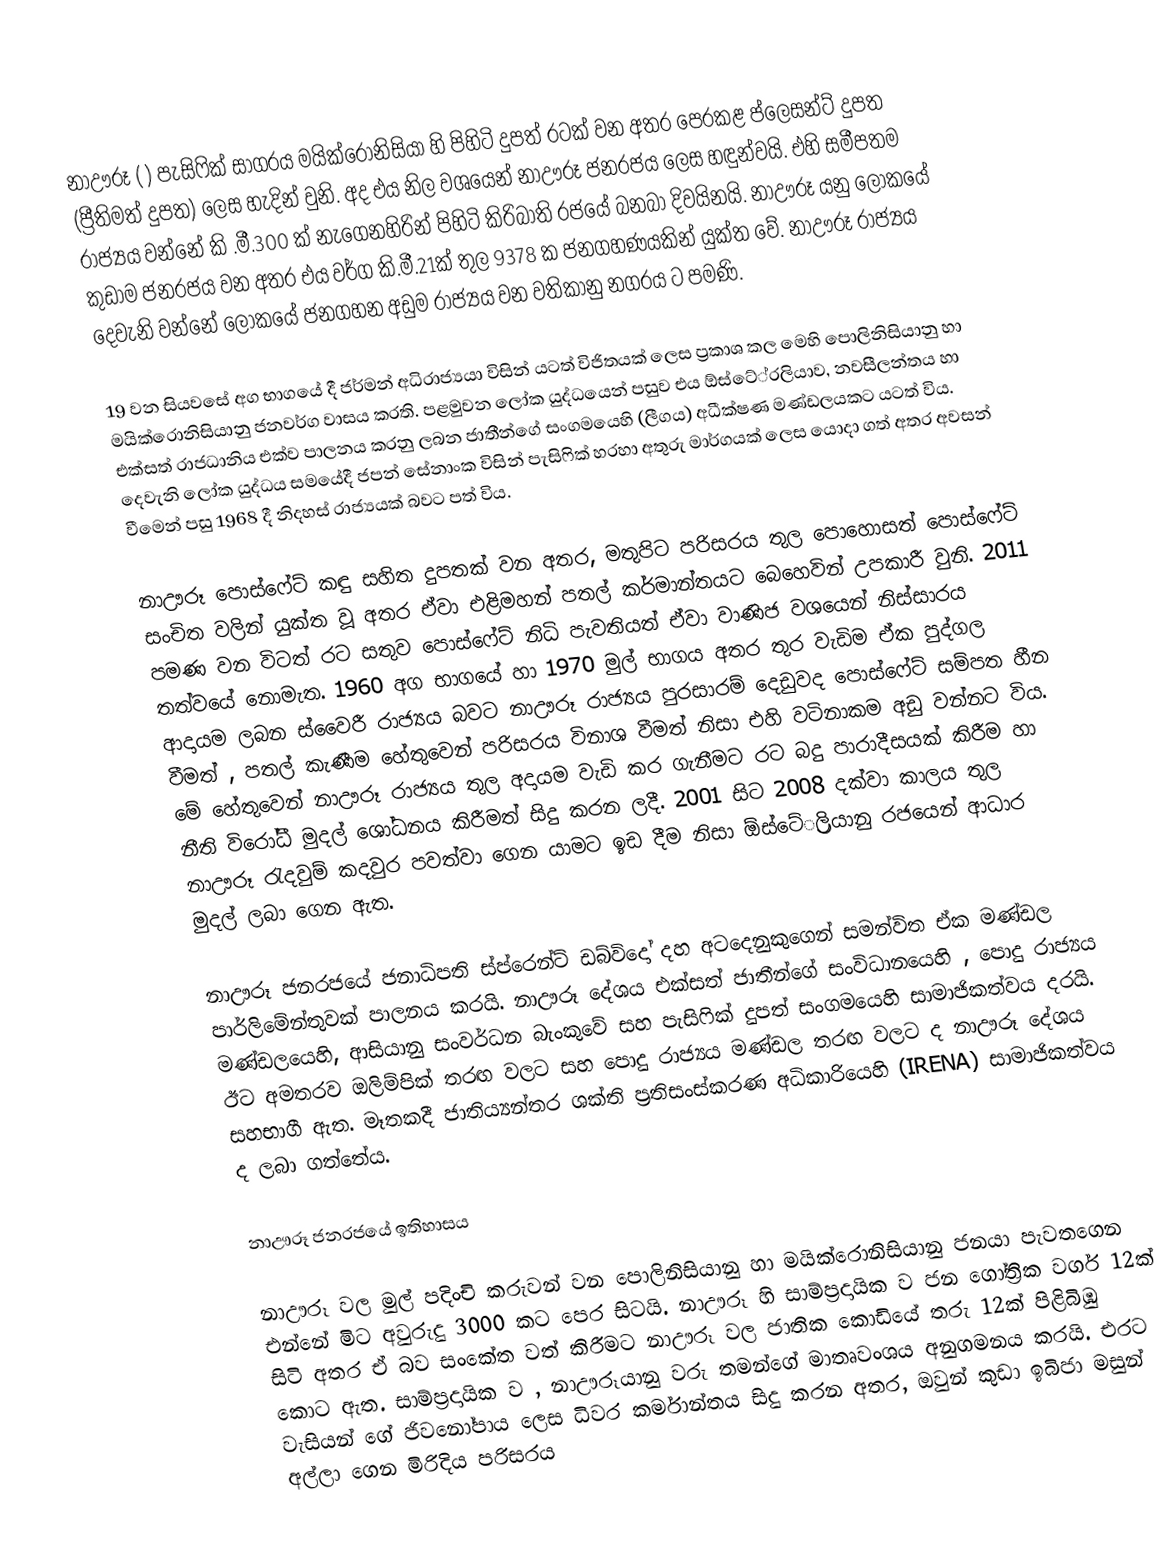
නාඌරූ ( )  පැසිෆික් සාගරය මයික්රොනිසියා හි පිහිටි දුපත් රටක් වන අතර පෙරකළ ප්ලෙසන්ට් දුපත (ප්‍රීතිමත් දුපත) ලෙස හැදින් වුනි. අද එය නිල වශයෙන් නාඌරූ  ජනරජය ලෙස හඳුන්වයි. එහි සමීපතම රාජ්‍යය වන්නේ කි .මී.300 ක් නැගෙනහිරින් පිහිටි කිරිබාති රජයේ බනබා දිවයිනයි. නාඌරූ  යනු ලෝකයේ කුඩාම ජනරජය වන අතර එය වර්ග කි.මී.21ක් තුල 9378 ක ජනගහණයකින් යුක්ත වේ. නාඌරූ  රාජ්‍යය දෙවැනි වන්නේ ලෝකයේ ජනගහන අඩුම රාජ්‍යය වන වතිකානු නගරය ට පමණි.

19 වන සියවසේ අග භාගයේ දී ජර්මන් අධිරාජ්‍යයා විසින් යටත් විජිතයක් ලෙස ප්‍රකාශ කල මෙහි පොලිනිසියානු හා මයික්රොනිසියානු ජනවර්ග වාසය කරති. පළමුවන ලෝක යුද්ධයෙන් පසුව එය ඕස්ටේ‍්‍රලියාව, නවසීලන්තය හා එක්සත් රාජධානිය එක්ව පාලනය කරනු ලබන ජාතීන්ගේ සංගමයෙහි (ලීගය)  අධීක්ෂණ මණ්ඩලයකට යටත් විය.  දෙවැනි ලෝක යුද්ධය සමයේදී ජපන් සේනාංක විසින් පැසිෆික් හරහා අතුරු මාර්ගයක් ලෙස යොදා ගත් අතර අවසන් වීමෙන් පසු 1968 දී  නිදහස් රාජ්‍යයක් බවට පත් විය.

නාඌරූ පොස්ෆේට් කඳු සහිත දුපතක් වන අතර, මතුපිට පරිසරය තුල පොහොසත් පොස්ෆේට් සංචිත වලින් යුක්ත වූ අතර ඒවා එළිමහන් පතල් කර්මාන්තයට බෙහෙවින් උපකාරී වුනි. 2011 පමණ වන විටත් රට සතුව පොස්ෆේට් නිධි පැවතියත් ඒවා වාණිජ වශයෙන් නිස්සාරය තත්වයේ නොමැත.  1960 අග භාගයේ හා 1970 මුල් භාගය අතර තුර වැඩිම ඒක පුද්ගල ආදායම ලබන ස්වෛරී රාජ්‍යය බවට නාඌරූ  රාජ්‍යය පුරසාරම් දෙඩුවද පොස්ෆේට් සම්පත හීන වීමත් , පතල් කැණීම හේතුවෙන් පරිසරය විනාශ වීමත් නිසා එහි වටිනාකම අඩු වන්නට විය. මේ හේතුවෙන් නාඌරූ  රාජ්‍යය තුල අදායම වැඩි කර ගැනීමට රට බදු පාරාදීසයක් කිරීම හා  නීති විරෝධී මුදල්  ශෝධනය  කිරීමත් සිදු කරන ලදී. 2001 සිට 2008 දක්වා කාලය තුල නාඌරූ  රැදවුම් කදවුර පවත්වා ගෙන යාමට ඉඩ දීම නිසා ඕස්ටේ‍්‍රලියානු රජයෙන් ආධාර මුදල් ලබා ගෙන ඇත.

නාඌරූ ජනරජයේ ජනාධිපති ස්ප්රෙන්ට් ඩබ්විදෝ දහ අටදෙනුකුගෙන්  සමන්විත ඒක මණ්ඩල පාර්ලිමේන්තුවක් පාලනය කරයි. නාඌරූ  දේශය  එක්සත් ජාතීන්ගේ සංවිධානයෙහි ,  පොදු රාජ්‍යය මණ්ඩලයෙහි,  ආසියානු සංවර්ධන බැංකුවේ සහ පැසිෆික් දුපත් සංගමයෙහි සාමාජිකත්වය දරයි. ඊට අමතරව ඔලිම්පික් තරඟ වලට සහ  පොදු රාජ්‍යය මණ්ඩල තරඟ වලට ද නාඌරූ  දේශය සහභාගී ඇත. මෑතකදී ජාතිය්‍යන්තර ශක්ති ප්‍රතිසංස්කරණ අධිකාරියෙහි (IRENA) සාමාජිකත්වය ද ලබා ගත්තේය.

නාඌරූ  ජනරජයේ ඉතිහාසය

නාඌරූ වල මුල් පදිංචි කරුවන් වන පොලිනිසියානු හා මයික්රොනිසියානු ජනයා පැවතගෙන එන්නේ මිට අවුරුදු 3000 කට පෙර සිටයි.  නාඌරූ  හි සාම්ප්‍රදායික ව ජන ගෝත්‍රික වර්ග 12ක් සිටි අතර ඒ බව සංකේත වත් කිරීමට නාඌරූ  වල ජාතික කොඩියේ තරු 12ක් පිළිබිඹු කොට ඇත. සාම්ප්‍රදායික ව , නාඌරූයානු  වරු තමන්ගේ මාතෘවංශය අනුගමනය කරයි. එරට වැසියන් ගේ ජිවනෝපාය ලෙස ධිවර කර්මාන්තය සිදු කරන අතර, ඔවුන් කුඩා ඉබිජා මසුන් අල්ලා ගෙන මිරිදිය පරිසරය